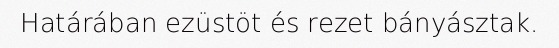
Határában ezüstöt és rezet bányásztak.